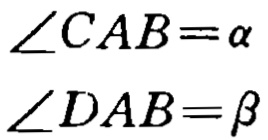
\(\angle CAB=\alpha\)
\(\angle DAB=\beta\)